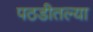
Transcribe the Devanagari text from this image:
पठडीतल्या